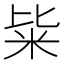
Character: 粊